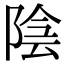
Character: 陰